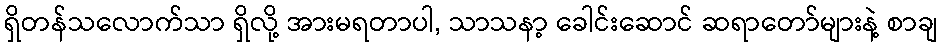
ရှိတန်သလောက်သာ ရှိလို့ အားမရတာပါ, သာသနာ့ ခေါင်းဆောင် ဆရာတော်များနဲ့ စာချ